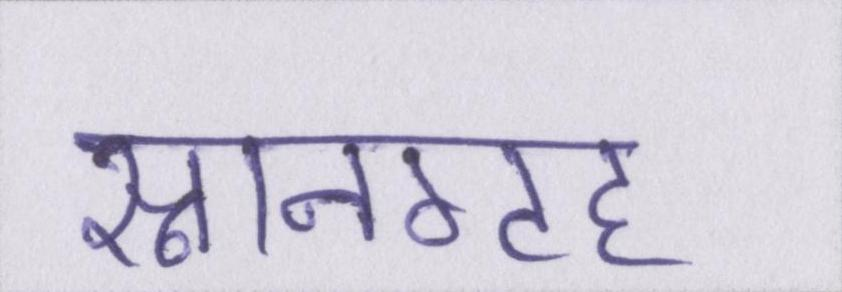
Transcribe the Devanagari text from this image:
स्नानगृह